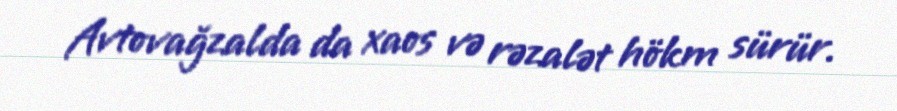
Avtovağzalda da xaos və rəzalət hökm sürür.